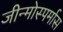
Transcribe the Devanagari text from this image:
जीन्मोस्पर्मास